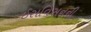
ઈસવિસનની